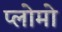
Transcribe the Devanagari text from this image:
प्लोमो